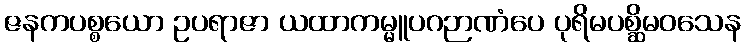
ဇနကပစ္စယော ဥပရာဇာ ယထာကမ္မူပဂဉာဏံပေ ပုရိမပစ္ဆိမဝသေန